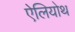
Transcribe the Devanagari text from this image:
ऐलियोथ